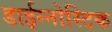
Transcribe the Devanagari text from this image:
डाईग्नोस्टिक